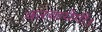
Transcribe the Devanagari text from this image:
करवायेगी।